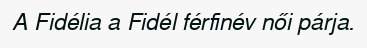
A Fidélia a Fidél férfinév női párja.